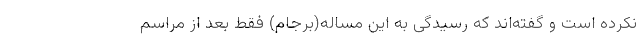
نکرده است و گفته‌اند که رسیدگی به این مساله(برجام) فقط بعد از مراسم